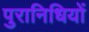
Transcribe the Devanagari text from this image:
पुरानिधियों